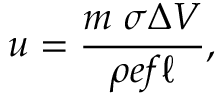
u = { \frac { m \; \sigma \Delta V } { \rho e f \ell } } ,